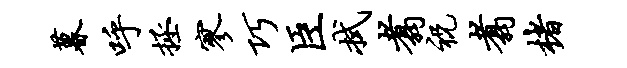
暮呼拯寥巧臣拭翥祝翥楮